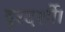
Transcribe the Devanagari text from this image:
दूरदर्शी।